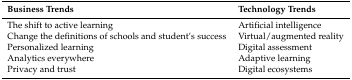
| Business Trends | Technology Trends |
 | --- | --- |
 | The shift to active learning | Artificial intelligence |
 | Change the definitions of schools and student’s success | Virtual/augmented reality |
 | Personalized learning | Digital assessment |
 | Analytics everywhere | Adaptive learning |
 | Privacy and trust | Digital ecosystems |